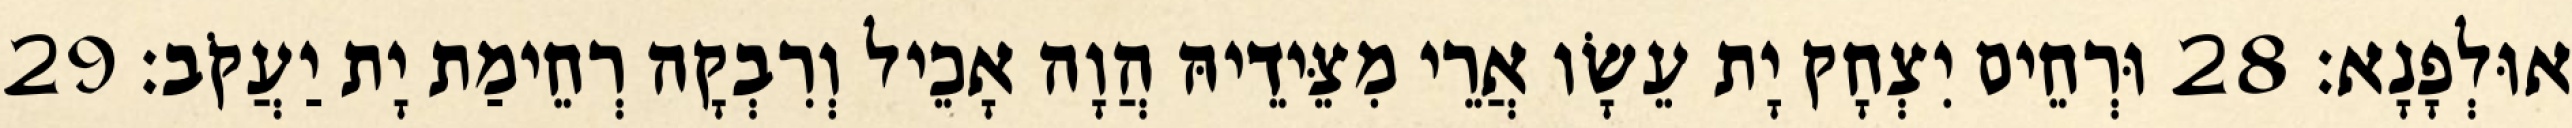
אוּלְפָנָא׃ 28 וּרְחֵים יִצְחָק יָת עֵשָׂו אֲרֵי מִצֵּידֵיהּ הֲוָה אָכֵיל וְרִבְקָה רְחֵימַת יָת יַעֲקֹב׃ 29